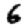
Digit: 6